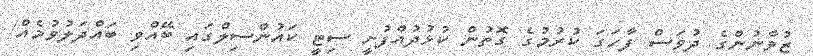
ޒުވާނުންގެ ދުވަސް ފާހަގަ ކުރުމުގެ ގޮތުން ކުޅުދުއްފުށީ ސިޓީ ކައުންސިލްގައި ބޭއްވި ބައްދަލުވުމެއް/